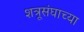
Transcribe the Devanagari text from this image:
शत्रूसंघाच्या